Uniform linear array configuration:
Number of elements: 24
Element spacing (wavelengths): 0.5
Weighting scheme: hann
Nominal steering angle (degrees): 0
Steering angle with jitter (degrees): -1.415
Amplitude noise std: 0.05
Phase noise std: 0.05

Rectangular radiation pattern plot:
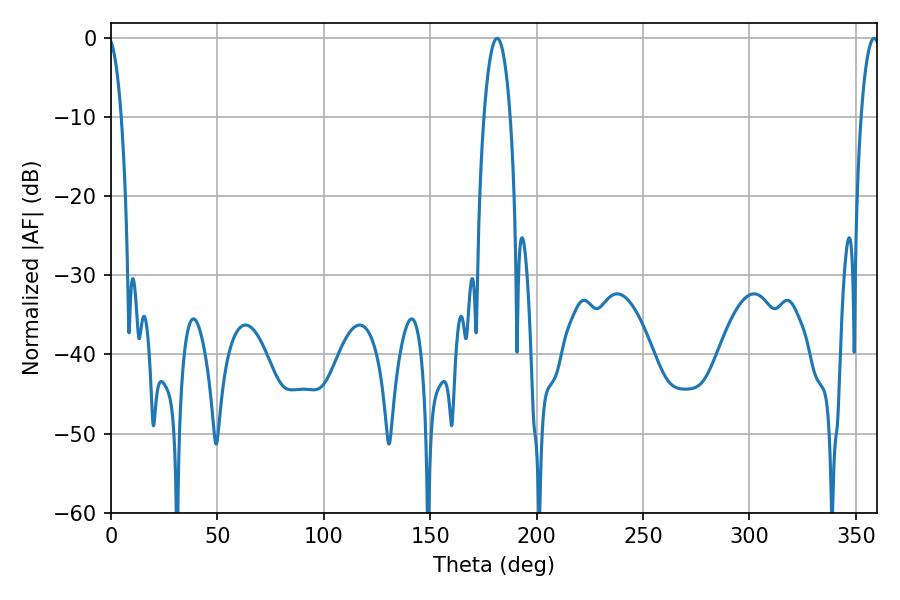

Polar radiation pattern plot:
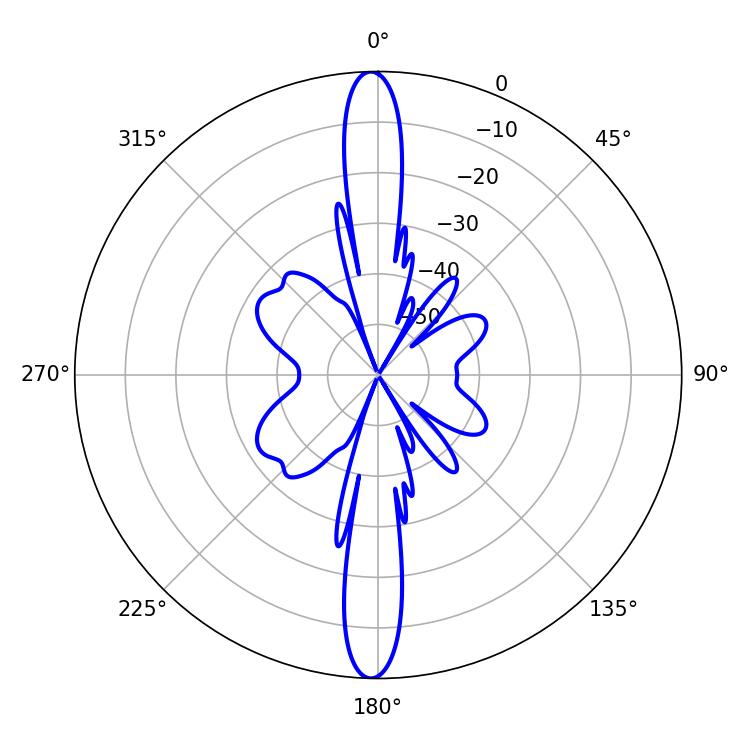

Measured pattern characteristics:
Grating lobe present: FALSE
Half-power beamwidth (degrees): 4.86
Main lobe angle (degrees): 358.56